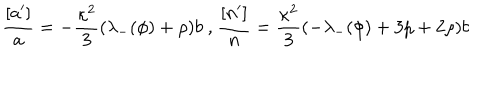
\frac { [ a ^ { \prime } ] } { a } = - \frac { \kappa ^ { 2 } } { 3 } ( \lambda _ { - } ( \phi ) + \rho ) b \mathrm { ~ , ~ } \frac { [ n ^ { \prime } ] } { n } = \frac { \kappa ^ { 2 } } { 3 } ( - \lambda _ { - } ( \phi ) + 3 p + 2 \rho ) b